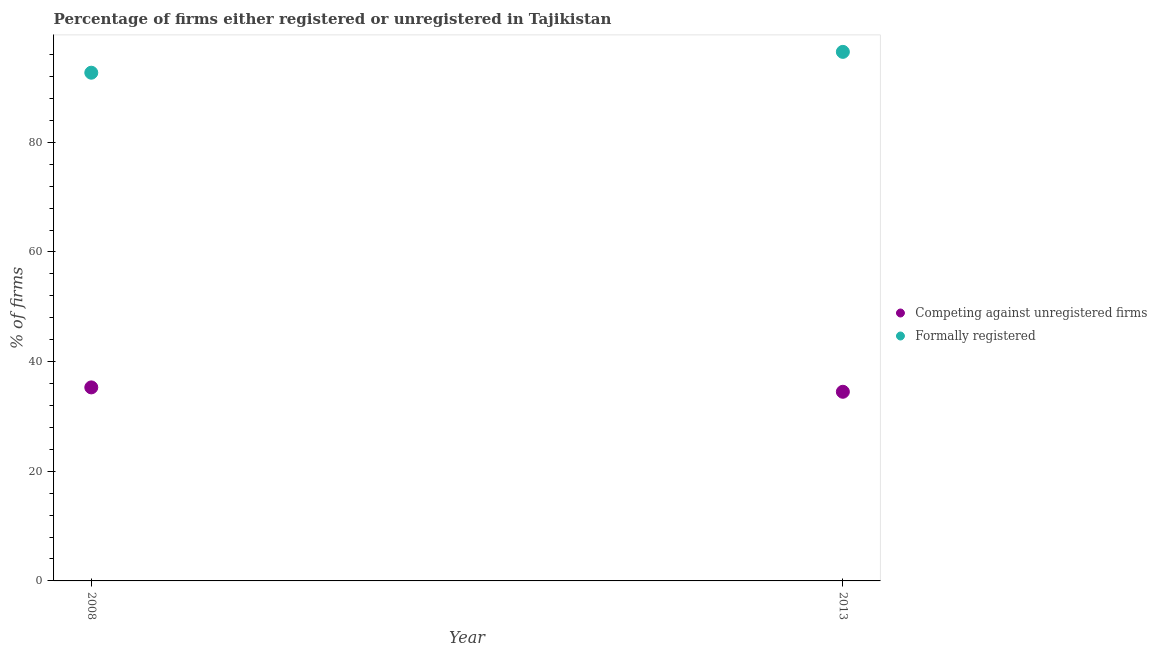
| Year | Competing against unregistered firms | Formally registered |
 | --- | --- | --- |
 | 2008 | 35.3 | 92.7 |
 | 2013 | 34.5 | 96.5 |